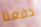
دفعنا